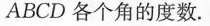
ABCD各个角的度数.